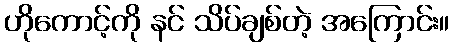
ဟိုကောင့်ကို နင် သိပ်ချစ်တဲ့ အကြောင်း။